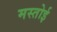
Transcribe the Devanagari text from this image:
मस्तोई